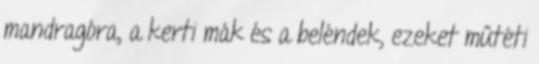
mandragóra, a kerti mák és a beléndek, ezeket műtéti